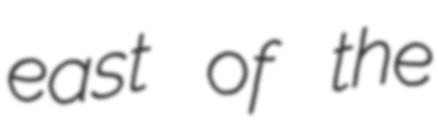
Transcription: east of the